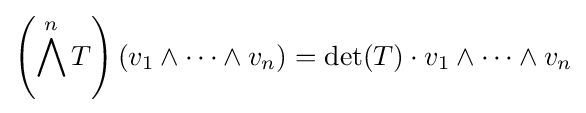
\left(\bigwedge ^{n}T\right)\left(v_{1}\wedge \dots \wedge v_{n}\right)=\det(T)\cdot v_{1}\wedge \dots \wedge v_{n}